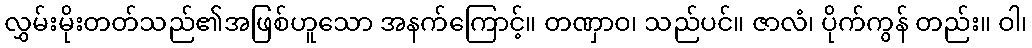
လွှမ်းမိုးတတ်သည်၏အဖြစ်ဟူသော အနက်ကြောင့်။ တဏှာဝ၊ သည်ပင်။ ဇာလံ၊ ပိုက်ကွန် တည်း။ ဝါ၊